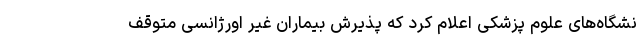
نشگاه‌های علوم پزشکی اعلام کرد که پذیرش بیماران غیر اورژانسی متوقف